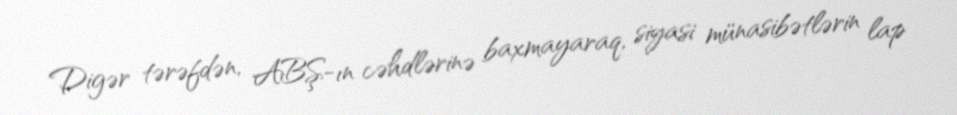
Digər tərəfdən, ABŞ-ın cəhdlərinə baxmayaraq, siyasi münasibətlərin lap